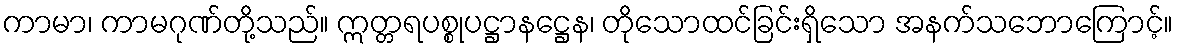
ကာမာ၊ ကာမဂုဏ်တို့သည်။ ဣတ္တရပစ္စုပဋ္ဌာနဋ္ဌေန၊ တိုသောထင်ခြင်းရှိသော အနက်သဘောကြောင့်။